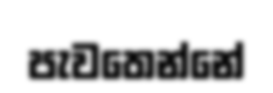
පැවතෙන්නේ